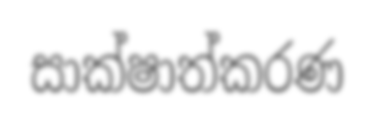
සාක්ෂාත්කරණ